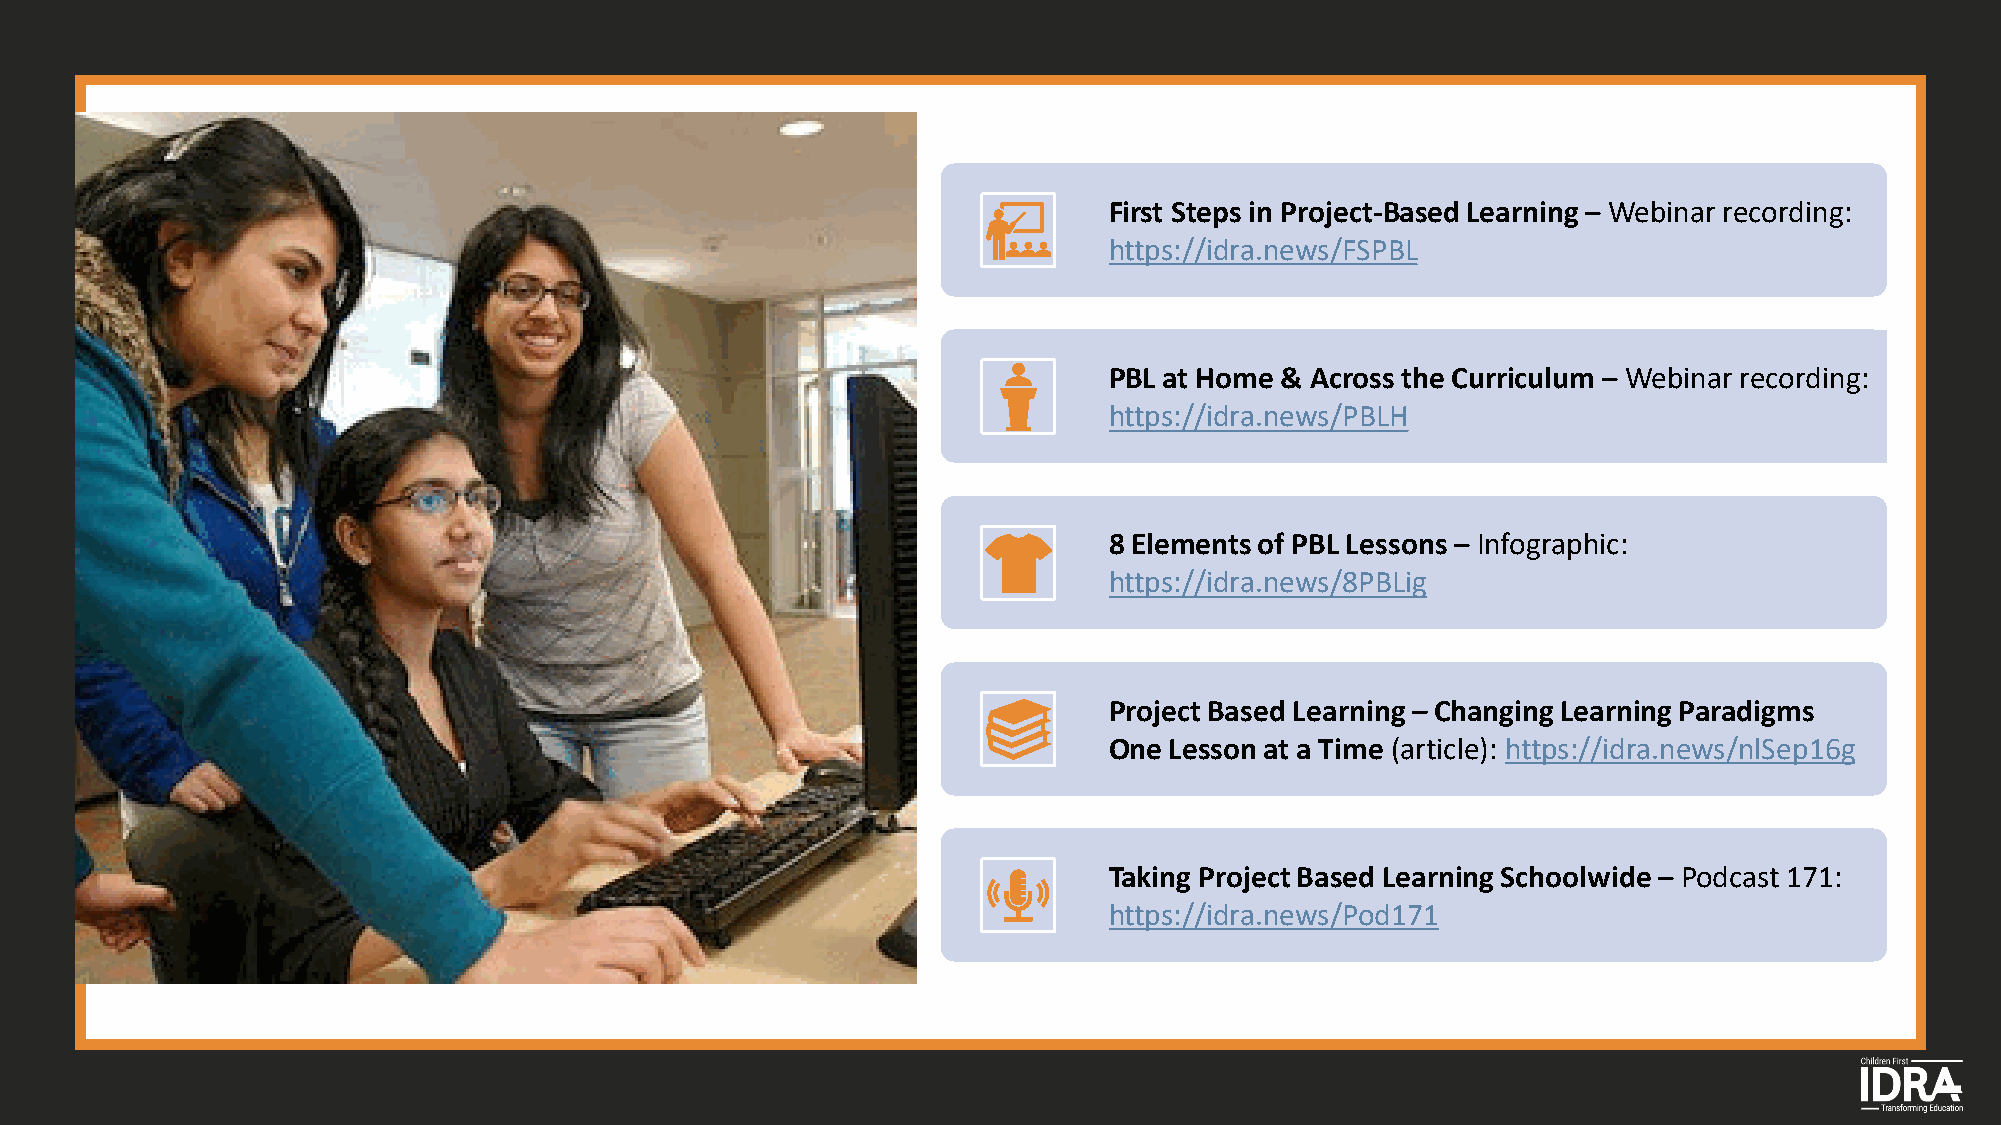
First Steps in Project-Based Learning – Webinar recording:
 https://idra.news/FSPBL
 PBL at Home & Across the Curriculum – Webinar recording:
 https://idra.news/PBLH
 8 Elements of PBL Lessons – Infographic:
 https://idra.news/8PBLig
 Project Based Learning – Changing Learning Paradigms
 One Lesson at a Time (article): https://idra.news/nlSep16g
 Taking Project Based Learning Schoolwide – Podcast 171:
 https://idra.news/Pod171